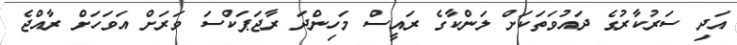
އަދި ސަރުކާރުގެ ދައުވަތަކަށް ލަންކާގެ ރައީސް މަހިންދަ ރާޖަޕަކްސަ ވަރަށް އަވަހަށް ރާއްޖެ